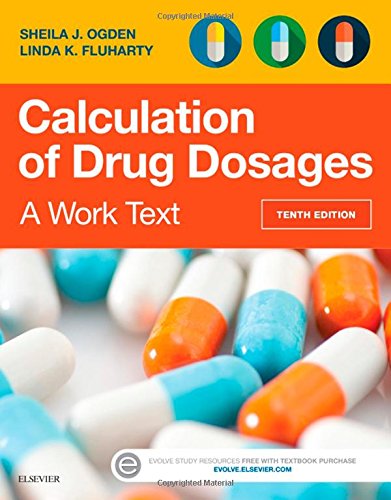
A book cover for Calculation of Drug Dosages: A Work Text, 10e; Sheila J. Ogden RN  MSN; Medical Books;